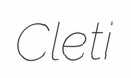
Cleti